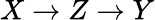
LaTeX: X\rightarrow Z\rightarrow Y